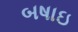
બષાઇ